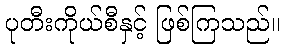
ပုတီးကိုယ်စီနှင့် ဖြစ်ကြသည်။